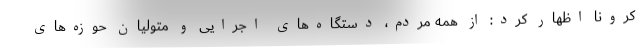
کرونا اظهار کرد: از همه مردم، دستگاه‌های اجرایی و متولیان حوزه‌های